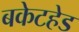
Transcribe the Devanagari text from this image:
बकेटहेड